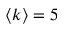
\langle k \rangle = 5